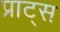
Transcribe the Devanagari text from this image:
प्राट्स